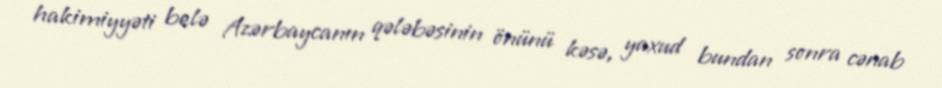
hakimiyyəti belə Azərbaycanın qələbəsinin önünü kəsə, yaxud bundan sonra cənab